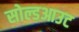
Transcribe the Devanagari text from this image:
सोल्डआउट